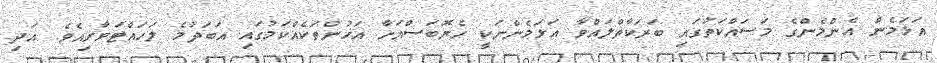
އަޅަމެން އެންމެންގެ މަސައްކަތުގައި ބަރަކާތްލައްވާ އަޅަމެންނަކީ ހެޔޮބަސްއަހާ އަޚުންތަކެއްކަމުގައި އަބަދުމެ ލަހައްޓަވާށިއެވެ. އަދި